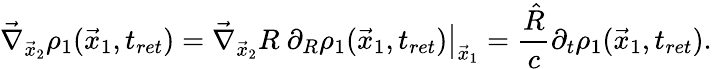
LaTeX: \vec{\nabla}_{\vec{x}_{2}}\rho_{1}(\vec{x}_{1},t_{ret})=\vec{\nabla}_{\vec{x}_{2}}R~\left.\partial_{R}\rho_{1}(\vec{x}_{1},t_{ret})\right|_{\vec{x}_{1}}=\frac{\hat{R}}{c}\partial_{t}\rho_{1}(\vec{x}_{1},t_{ret}).